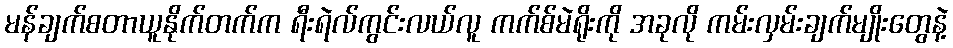
မန်ချက်စတာယူနိုက်တက်က ရီးရဲလ်ကွင်းလယ်လူ ကက်စ်မဲရိုးကို အခုလို ကမ်းလှမ်းချက်မျိုးတွေနဲ့